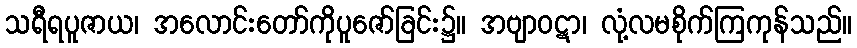
သရီရပူဇာယ၊ အလောင်းတော်ကိုပူဇော်ခြင်း၌။ အဗျာဝဋာ၊ လုံ့လမစိုက်ကြကုန်သည်။